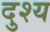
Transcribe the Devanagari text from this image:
दुश्‍य